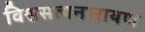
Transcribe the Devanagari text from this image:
विश्वसत्यनारायण